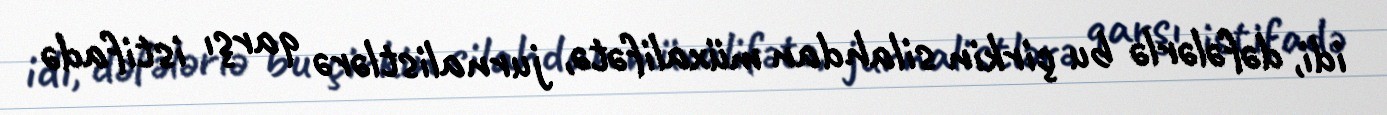
idi, dəfələrlə bu çirkin silahdan müxalifətə, jurnalistlərə qarşı istifadə